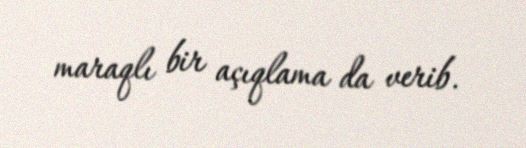
maraqlı bir açıqlama da verib.